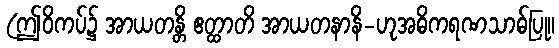
(ဤဝိကပ်၌ အာယတန္တိ ဧတ္ထာတိ အာယတနာနိ-ဟုအဓိကရဏသာဓ်ပြု။